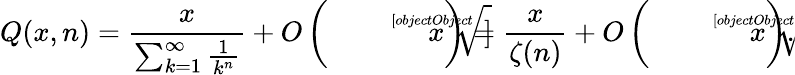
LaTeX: Q(x,n)={\frac{x}{\sum_{k=1}^{\infty}{\frac{1}{k^{n}}}}}+O\left({\sqrt[[objectObject]]{x}}\right)={\frac{x}{\zeta(n)}}+O\left({\sqrt[[objectObject]]{x}}\right).